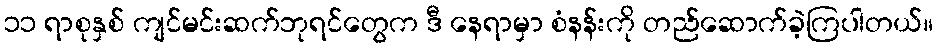
၁၁ ရာစုနှစ် ကျင်မင်းဆက်ဘုရင်တွေက ဒီ နေရာမှာ စံနန်းကို တည်ဆောက်ခဲ့ကြပါတယ်။